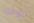
الومك